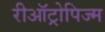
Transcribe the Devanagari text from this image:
रीऑट्रोपिज्म